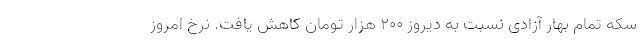
سکه تمام بهار آزادی نسبت به دیروز ۲۰۰ هزار تومان کاهش یافت. نرخ امروز